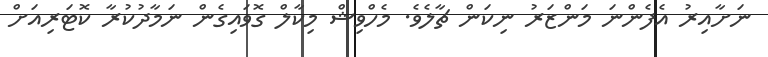
ނަށާއިރު އެފެންނަ މަންޒަރު ނިކަން ޗާލެވެ. މެހްވިޝް މިކާލް ގޮވައިގެން ނަމާދުކުރާ ކޮޓަރިއަށް